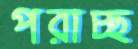
পরাচ্ছ